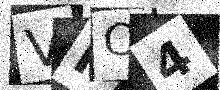
Text: VPC4